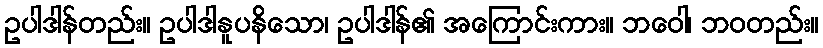
ဥပါဒါန်တည်း။ ဥပါဒါနူပနိသော၊ ဥပါဒါန်၏ အကြောင်းကား။ ဘဝေါ၊ ဘဝတည်း။